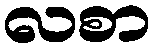
လစာ